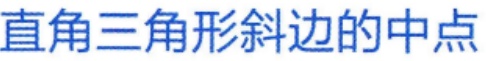
直角三角形斜边的中点